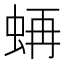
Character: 𧋁